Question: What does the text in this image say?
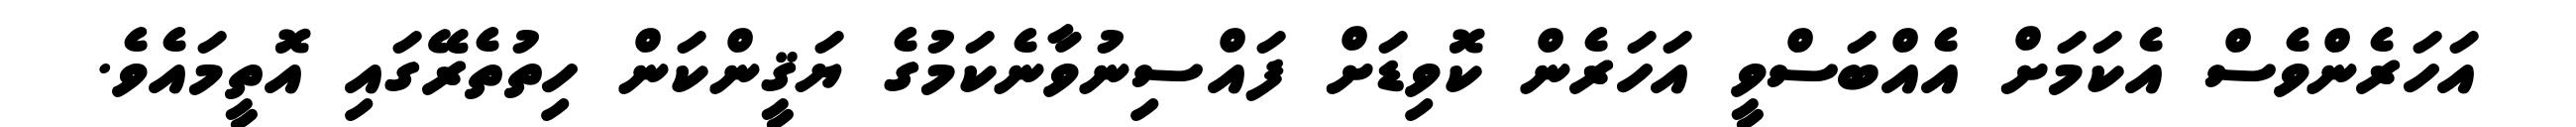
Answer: އަހަރެންވެސް އެކަމަށް އެއްބަސްވީ އަހަރެން ކޮވިޑަށް ފައްސިނުވާނެކަމުގެ ޔަޤީންކަން ހިތުތެރޭގައި އޮތީމައެވެ.